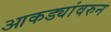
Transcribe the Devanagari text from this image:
आकड्यांवरुन